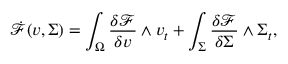
\dot { \mathcal { F } } ( v , \Sigma ) = \int _ { \Omega } \frac { \delta \mathcal { F } } { \delta v } \wedge v _ { t } + \int _ { \Sigma } \frac { \delta \mathcal { F } } { \delta \Sigma } \wedge \Sigma _ { t } ,